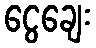
ငွေချေး